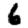
Digit: 6